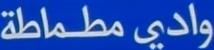
وادي مطماطة